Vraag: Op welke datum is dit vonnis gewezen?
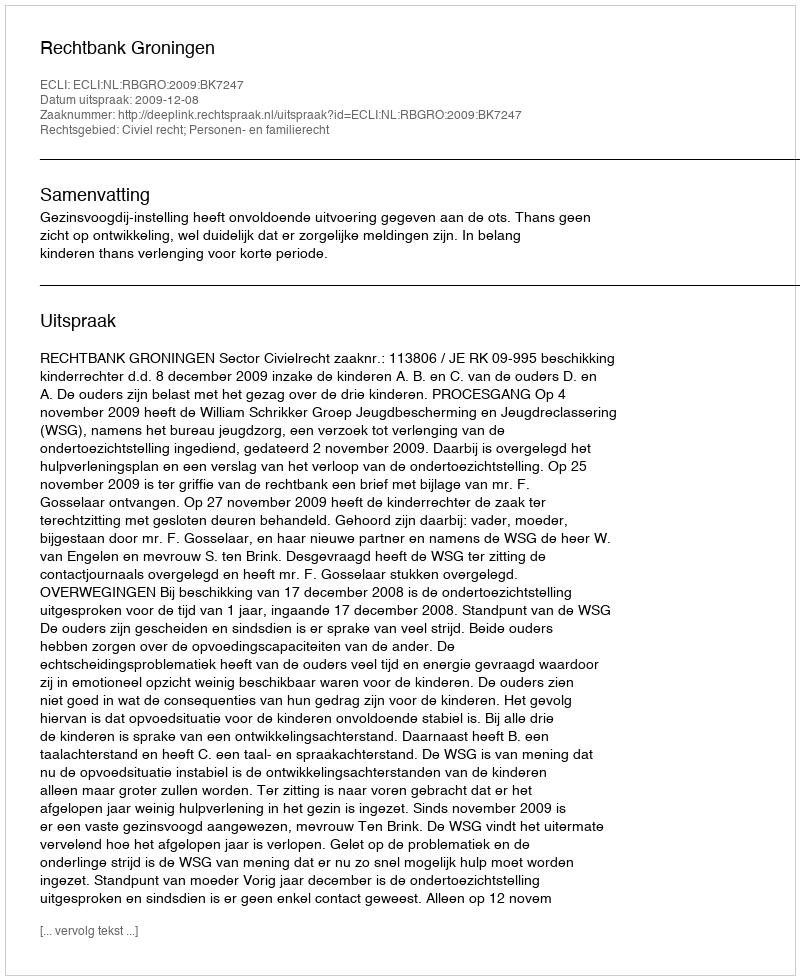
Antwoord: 2009-12-08